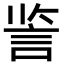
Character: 䛓